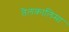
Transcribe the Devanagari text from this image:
तैलकालिमा